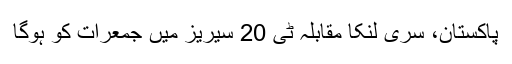
پاکستان، سری لنکا مقابلہ ٹی 20 سیریز میں جمعرات کو ہوگا